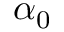
\alpha _ { 0 }